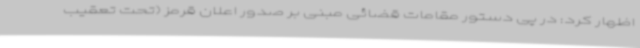
اظهار کرد: در پی دستور مقامات قضائی مبنی بر صدور اعلان قرمز (تحت تعقیب